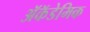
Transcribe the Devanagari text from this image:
ॲकॅडेमिक